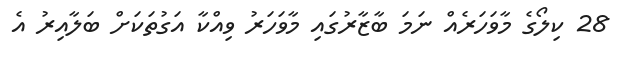
28 ކިލޯގެ މާވަހަރެއް ނަމަ ބާޒާރުގައި މާވަހަރު ވިއްކާ އަގުތަކަށް ބަލާއިރު އެ